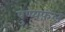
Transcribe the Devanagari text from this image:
पुण्यफ़ल